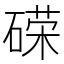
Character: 𰧓